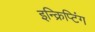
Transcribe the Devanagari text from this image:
इन्क्रिप्टिंग